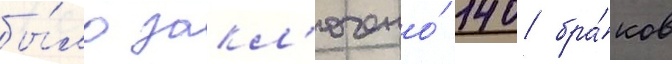
бы́ло закл'ючено́ 140 бра́ков